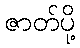
ဇာတ်ပို့